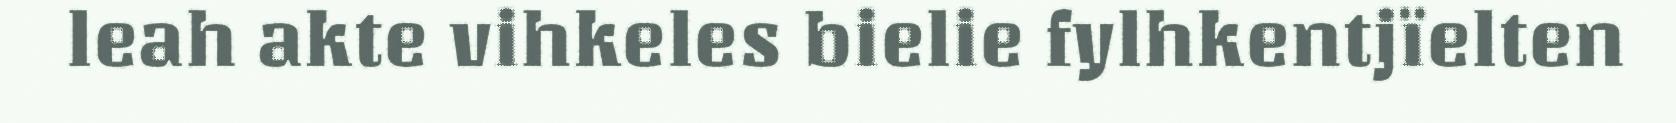
leah akte vihkeles bielie fylhkentjïelten